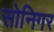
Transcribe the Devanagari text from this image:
सोनिगर